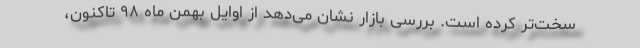
سخت‌تر کرده است. بررسی بازار نشان می‌دهد از اوایل بهمن ماه ۹۸ تاکنون،